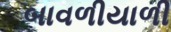
બાવળીયાળી